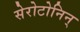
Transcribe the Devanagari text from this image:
सेरोटोनिन्